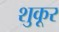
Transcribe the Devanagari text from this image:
शुकूर